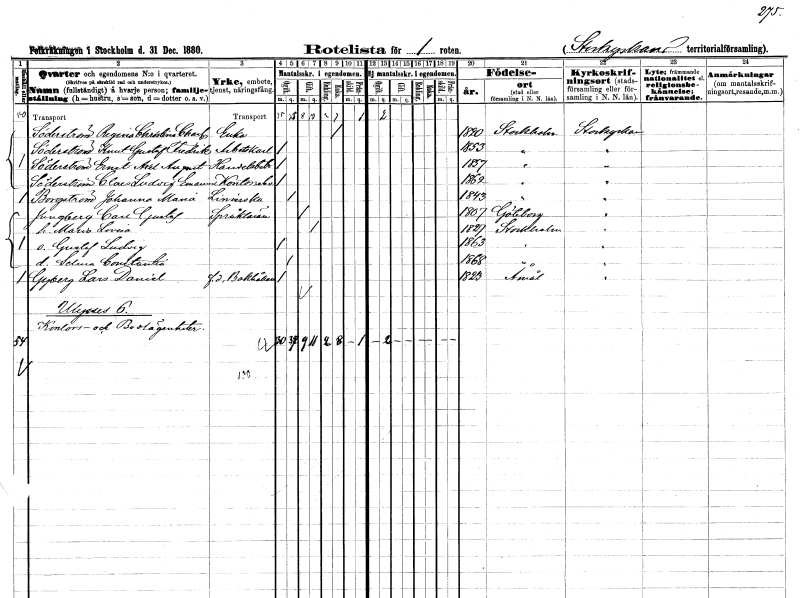
gt_parse: households: individuals: FN: Regina Christina Charlotta
EN: Söderström
YRKE: Änka
KON: K
CIV: E
FODAR: 1820
FODFORS: Stockholm
FN: Knut Gustaf Fredrik
EN: Söderström
YRKE: Arbetskarl
KON: M
CIV: O
FODAR: 1853
FODFORS: Stockholm
FN: Ernst Axel August
EN: Söderström
YRKE: Handelsbiträde
KON: M
CIV: O
FODAR: 1857
FODFORS: Stockholm
FN: Clas Ludvig Emanuel
EN: Söderström
YRKE: Kontorselev
KON: M
CIV: O
FODAR: 1862
FODFORS: Stockholm
FN: Johanna Maria
EN: Borgström
YRKE: Liniererska
KON: K
CIV: O
FODAR: 1843
FODFORS: Stockholm
FN: Carl Gustaf
EN: Jungberg
YRKE: Språklärare
KON: M
CIV: G
FODAR: 1807
FODFORS: Göteborg Göteborgs- och Bohuslän
FN: Maria Lovisa
KON: K
CIV: G
FODAR: 1827
FODFORS: Stockholm
FN: Gustaf Ludvig
KON: M
CIV: O
FODAR: 1863
FODFORS: Stockholm
FN: Selma Constantia
KON: K
CIV: O
FODAR: 1868
FODFORS: Stockholm
FN: Lars Daniel
EN: Gyberg
YRKE: Bokhållare f.d.
KON: M
CIV: O
FODAR: 1823
FODFORS: Åmål Älvsborgs län